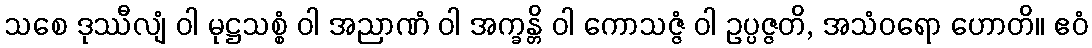
သစေ ဒုဿီလျံ ဝါ မုဋ္ဌသစ္စံ ဝါ အညာဏံ ဝါ အက္ခန္တိ ဝါ ကောသဇ္ဇံ ဝါ ဥပ္ပဇ္ဇတိ, အသံဝရော ဟောတိ။ ဧဝံ